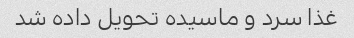
غذا سرد و ماسیده تحویل داده شد